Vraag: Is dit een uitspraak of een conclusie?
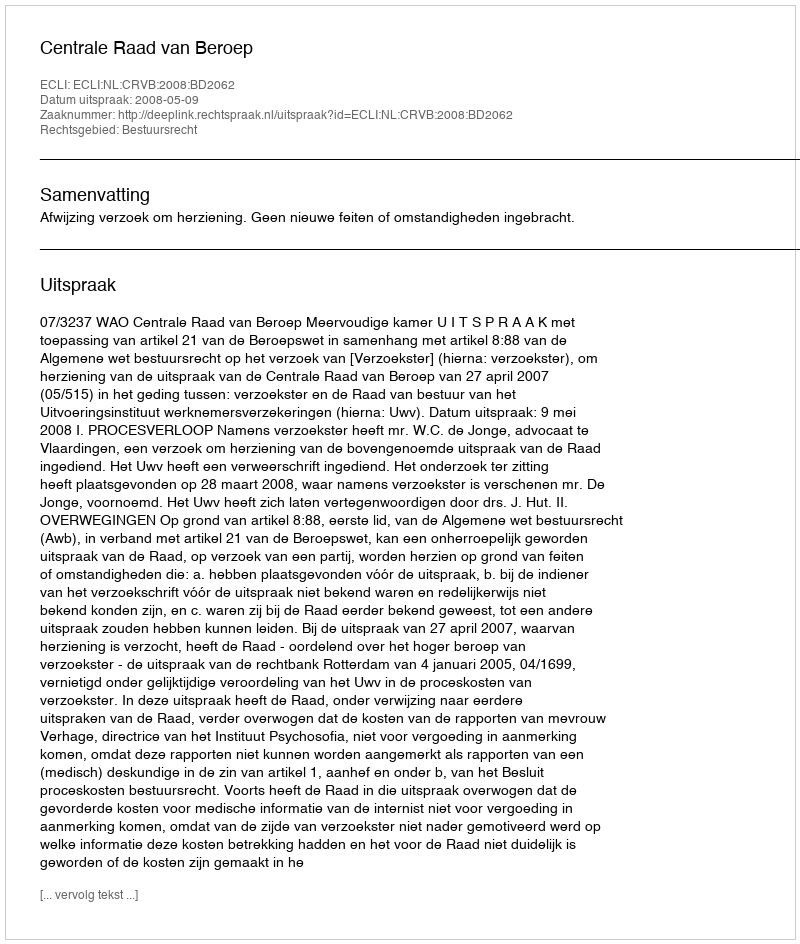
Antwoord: Uitspraak